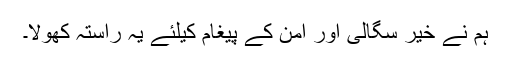
ہم نے خیر سگالی اور امن کے پیغام کیلئے یہ راستہ کھولا۔